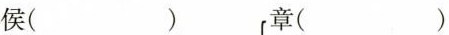
侯( )章( )